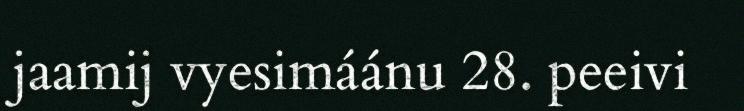
jaamij vyesimáánu 28. peeivi